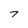
Character: 7